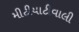
મીટીયાટીવાલી